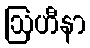
ဩဟီနာ